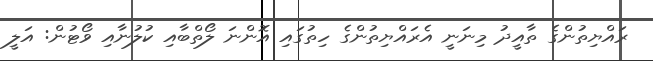
ރައްޔިތުންގެ ތާއީދު މިނަނީ އެރައްޔިތުންގެ ހިތުގައި އޮންނަ ލޯތްބާއި ކުލުނާއި ވޯޓުން: އަލީ